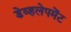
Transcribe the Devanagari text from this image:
डेव्हलेपमेंट